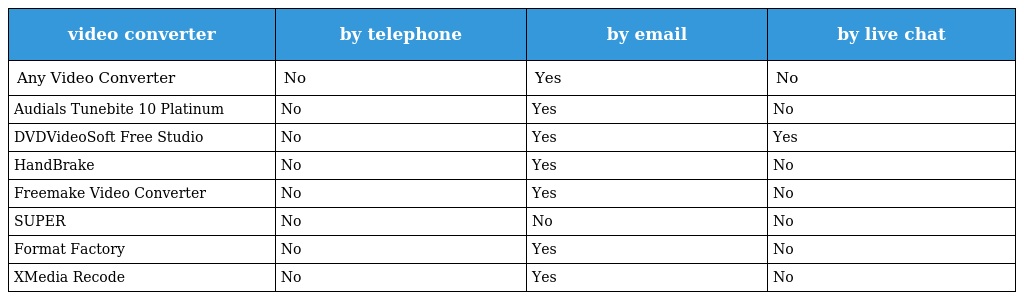
| video converter | by telephone | by email | by live chat |
 | --- | --- | --- | --- |
 | Any Video Converter | No | Yes | No |
 | Audials Tunebite 10 Platinum | No | Yes | No |
 | DVDVideoSoft Free Studio | No | Yes | Yes |
 | HandBrake | No | Yes | No |
 | Freemake Video Converter | No | Yes | No |
 | SUPER | No | No | No |
 | Format Factory | No | Yes | No |
 | XMedia Recode | No | Yes | No |